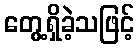
တွေ့ရှိခဲ့သဖြင့်